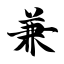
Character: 兼